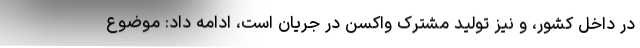
در داخل کشور، و نیز تولید مشترک واکسن در جریان است، ادامه داد: موضوع